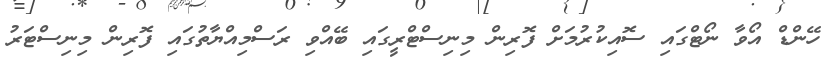
ހޭންޑް އޯވާ ނޯޓްގައި ސޮއިކުރުމަށް ފޮރިން މިނިސްޓްރީގައި ބޭއްވި ރަސްމިއްޔާތުގައި ފޮރިން މިނިސްޓަރު